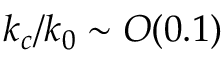
k _ { c } / k _ { 0 } \sim O ( 0 . 1 )